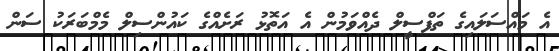
އެ މައްސަލައިގެ ތަފްސީލް ދެއްވަމުން އެ އަތޮޅު ރަށެއްގެ ކައުންސިލް މެމްބަރަކު ސަން